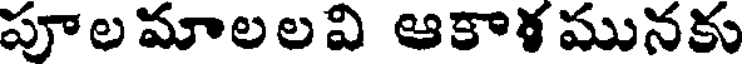
పూల మాలల వి ఆకాళ మునకు